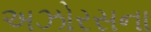
અઝોરસના